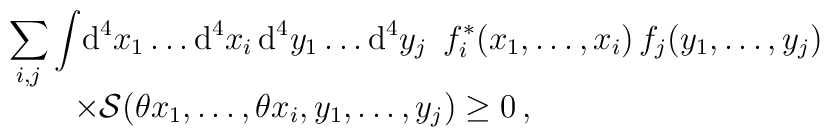
\begin{array}{l}\displaystyle\sum\limits_{i,j}\int\!{\rm d}^4x_1\dots{\rm d}^4x_i   \,{\rm d}^4y_1\dots{\rm d}^4y_j\enspace   f_i^\ast(x_1,\dots,x_i)\,f_j(y_1,\dots,y_j) \\\qquad\times{\cal S}(\theta x_1,\dots,\theta x_i,y_1,\dots, y_j) \ge 0\,,\end{array}